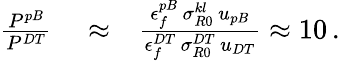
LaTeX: \begin{array}{rlr}{\frac{P^{pB}}{P^{DT}}}&{{}\approx}&{\frac{\epsilon_{f}^{pB}\, \sigma_{R0}^{kl}\, u_{pB}}{\epsilon_{f}^{DT}\, \sigma_{R0}^{DT}\, u_{DT}}\approx 10\, .}\end{array}